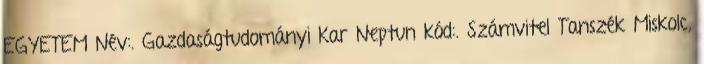
EGYETEM Név:. Gazdaságtudományi Kar Neptun kód:. Számvitel Tanszék Miskolc,